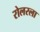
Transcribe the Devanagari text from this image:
रोलरला